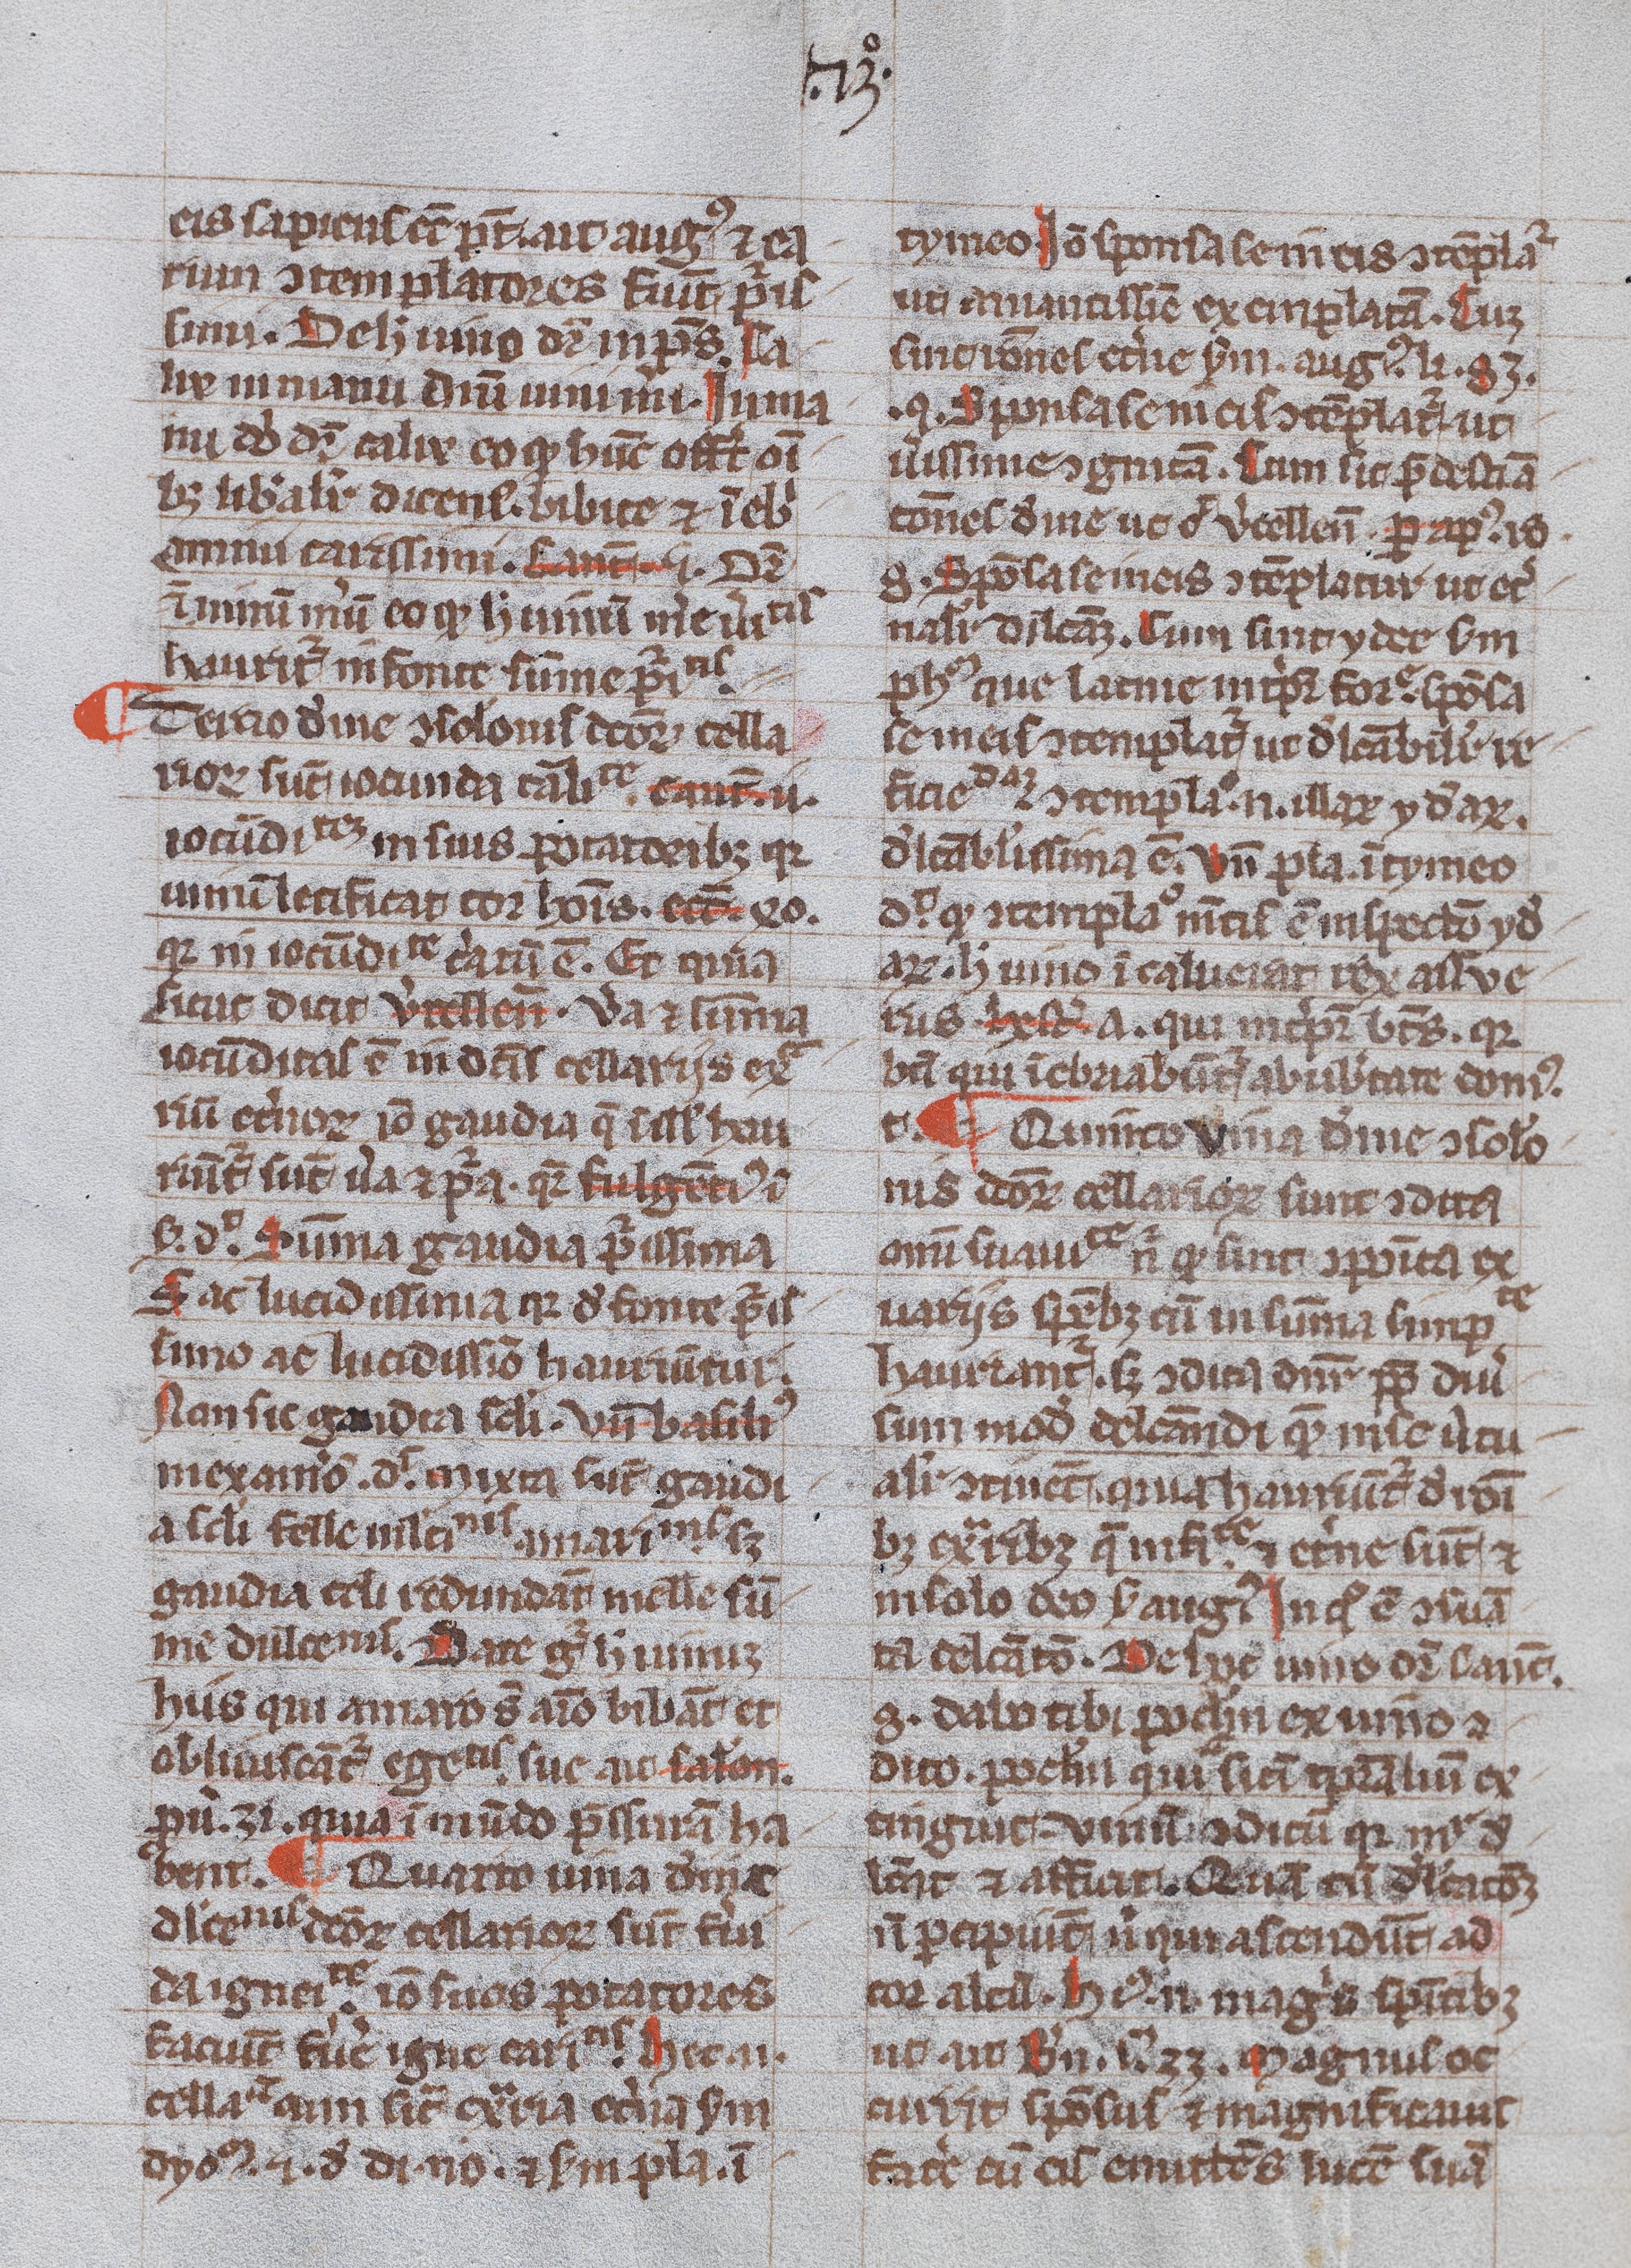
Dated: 1300–1399